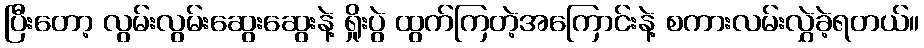
ပြီးတော့ လွမ်းလွမ်းဆွေးဆွေးနဲ့ ရှိုးပွဲ ထွက်ကြတဲ့အကြောင်းနဲ့ စကားလမ်းလွှဲခဲ့ရတယ်။